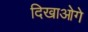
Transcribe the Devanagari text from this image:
दिखाओगे